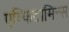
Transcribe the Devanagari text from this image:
एम्फिटामिन्स